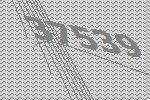
37539